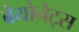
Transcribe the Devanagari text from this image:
बेयोनेट्स